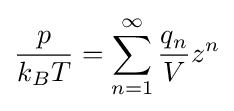
{\frac {p}{k_{B}T}}=\sum _{n=1}^{\infty }{\frac {q_{n}}{V}}z^{n}